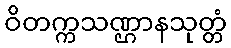
ဝိတက္ကသဏ္ဌာနသုတ္တံ